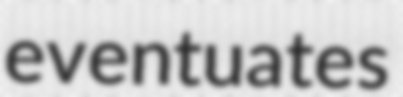
eventuates